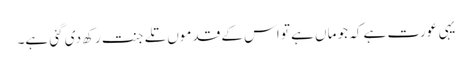
یہی عورت ہے کہ جو ماں ہے تو اس کے قدموں تلے جنت رکھ دی گئی ہے۔